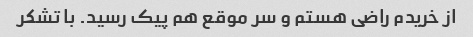
از خریدم راضی هستم و سر موقع هم پیک رسید. با تشکر